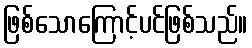
ဖြစ်သောကြောင့်ပင်ဖြစ်သည်။